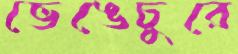
ভেঙেচুরে